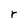
Character: r